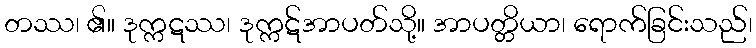
တဿ၊ ၏။ ဒုက္ကဋဿ၊ ဒုက္ကဋ်အာပတ်သို့။ အာပတ္တိယာ၊ ရောက်ခြင်းသည်၊